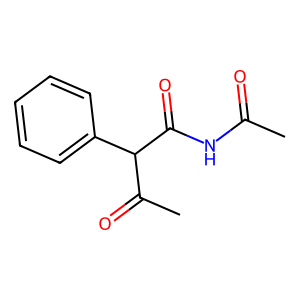
SMILES: CC(=O)NC(=O)C(C(C)=O)c1ccccc1
Inhibits HIV replication: No